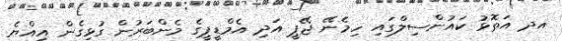
އދ އަތޮޅު ކައުންސިލްގައި ހިމެނޭ ޖޭޕީ އަދި އެމްޑީޕީގެ މެންބަރުން ގުޅިގެން އިއްޔެ